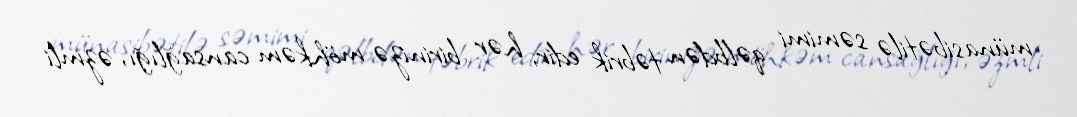
münasibətilə səmimi qəlbdən təbrik edir, hər birinizə möhkəm cansağlığı, əzmli